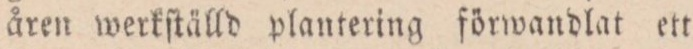
åren werkſtälld plantering förwandlat ett